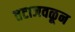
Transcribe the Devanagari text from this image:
तटाजवळून